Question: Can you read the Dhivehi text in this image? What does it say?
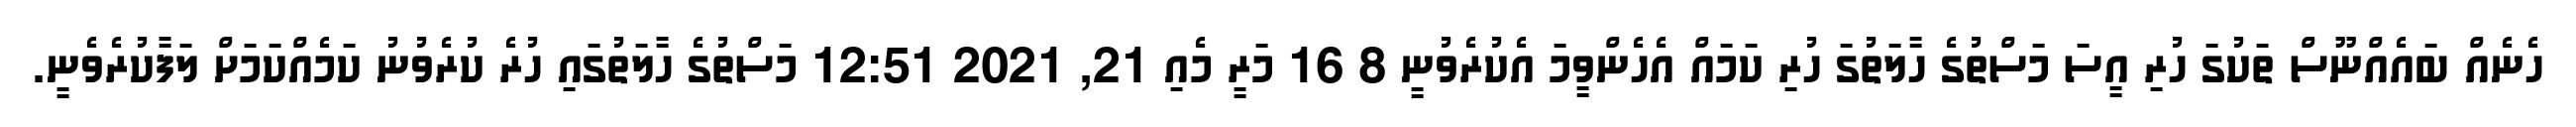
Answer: ހެނެއް ބައެއްނޫސް ތަކުގަ ހުރި އީސަ މަސްތުގެ ހާލަތުގަ ހުރި ކަމައް އެހެންވީމަ އެކުރެވުނީ 8 16 މަރީ މެއި 21, 2021 12:51 މަސްތުގެ ހާލަތުގައި ހުރެ ކުރެވުނު ކަމެއްކަމަށް ލަފާކުރެވެނީ.